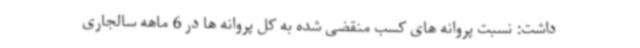
داشت: نسبت پروانه های کسب منقضی شده به کل پروانه ها در 6 ماهه سالجاری